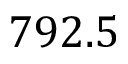
7 9 2 . 5